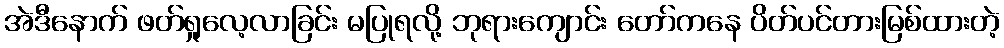
အဲဒီနောက် ဖတ်ရှုလေ့လာခြင်း မပြုရလို့ ဘုရားကျောင်း တော်ကနေ ပိတ်ပင်တားမြစ်ထားတဲ့